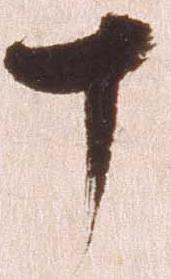
十